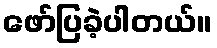
ဖော်ပြခဲ့ပါတယ်။